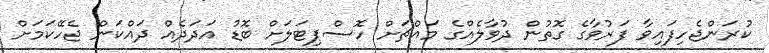
ކުރަންޖެހިފައިވާ ފަރުވާގެ ގޮތުން ދުވާލެއްގެ މައްޗަށް ހޮސްޕިޓަލަށް ބޮޑު އަދަދެއް ދައްކަން ޖެހޭކަމަށް